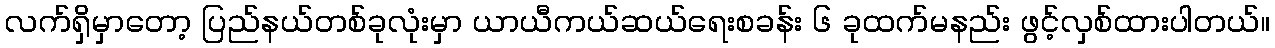
လက်ရှိမှာတော့ ပြည်နယ်တစ်ခုလုံးမှာ ယာယီကယ်ဆယ်ရေးစခန်း ၆ ခုထက်မနည်း ဖွင့်လှစ်ထားပါတယ်။